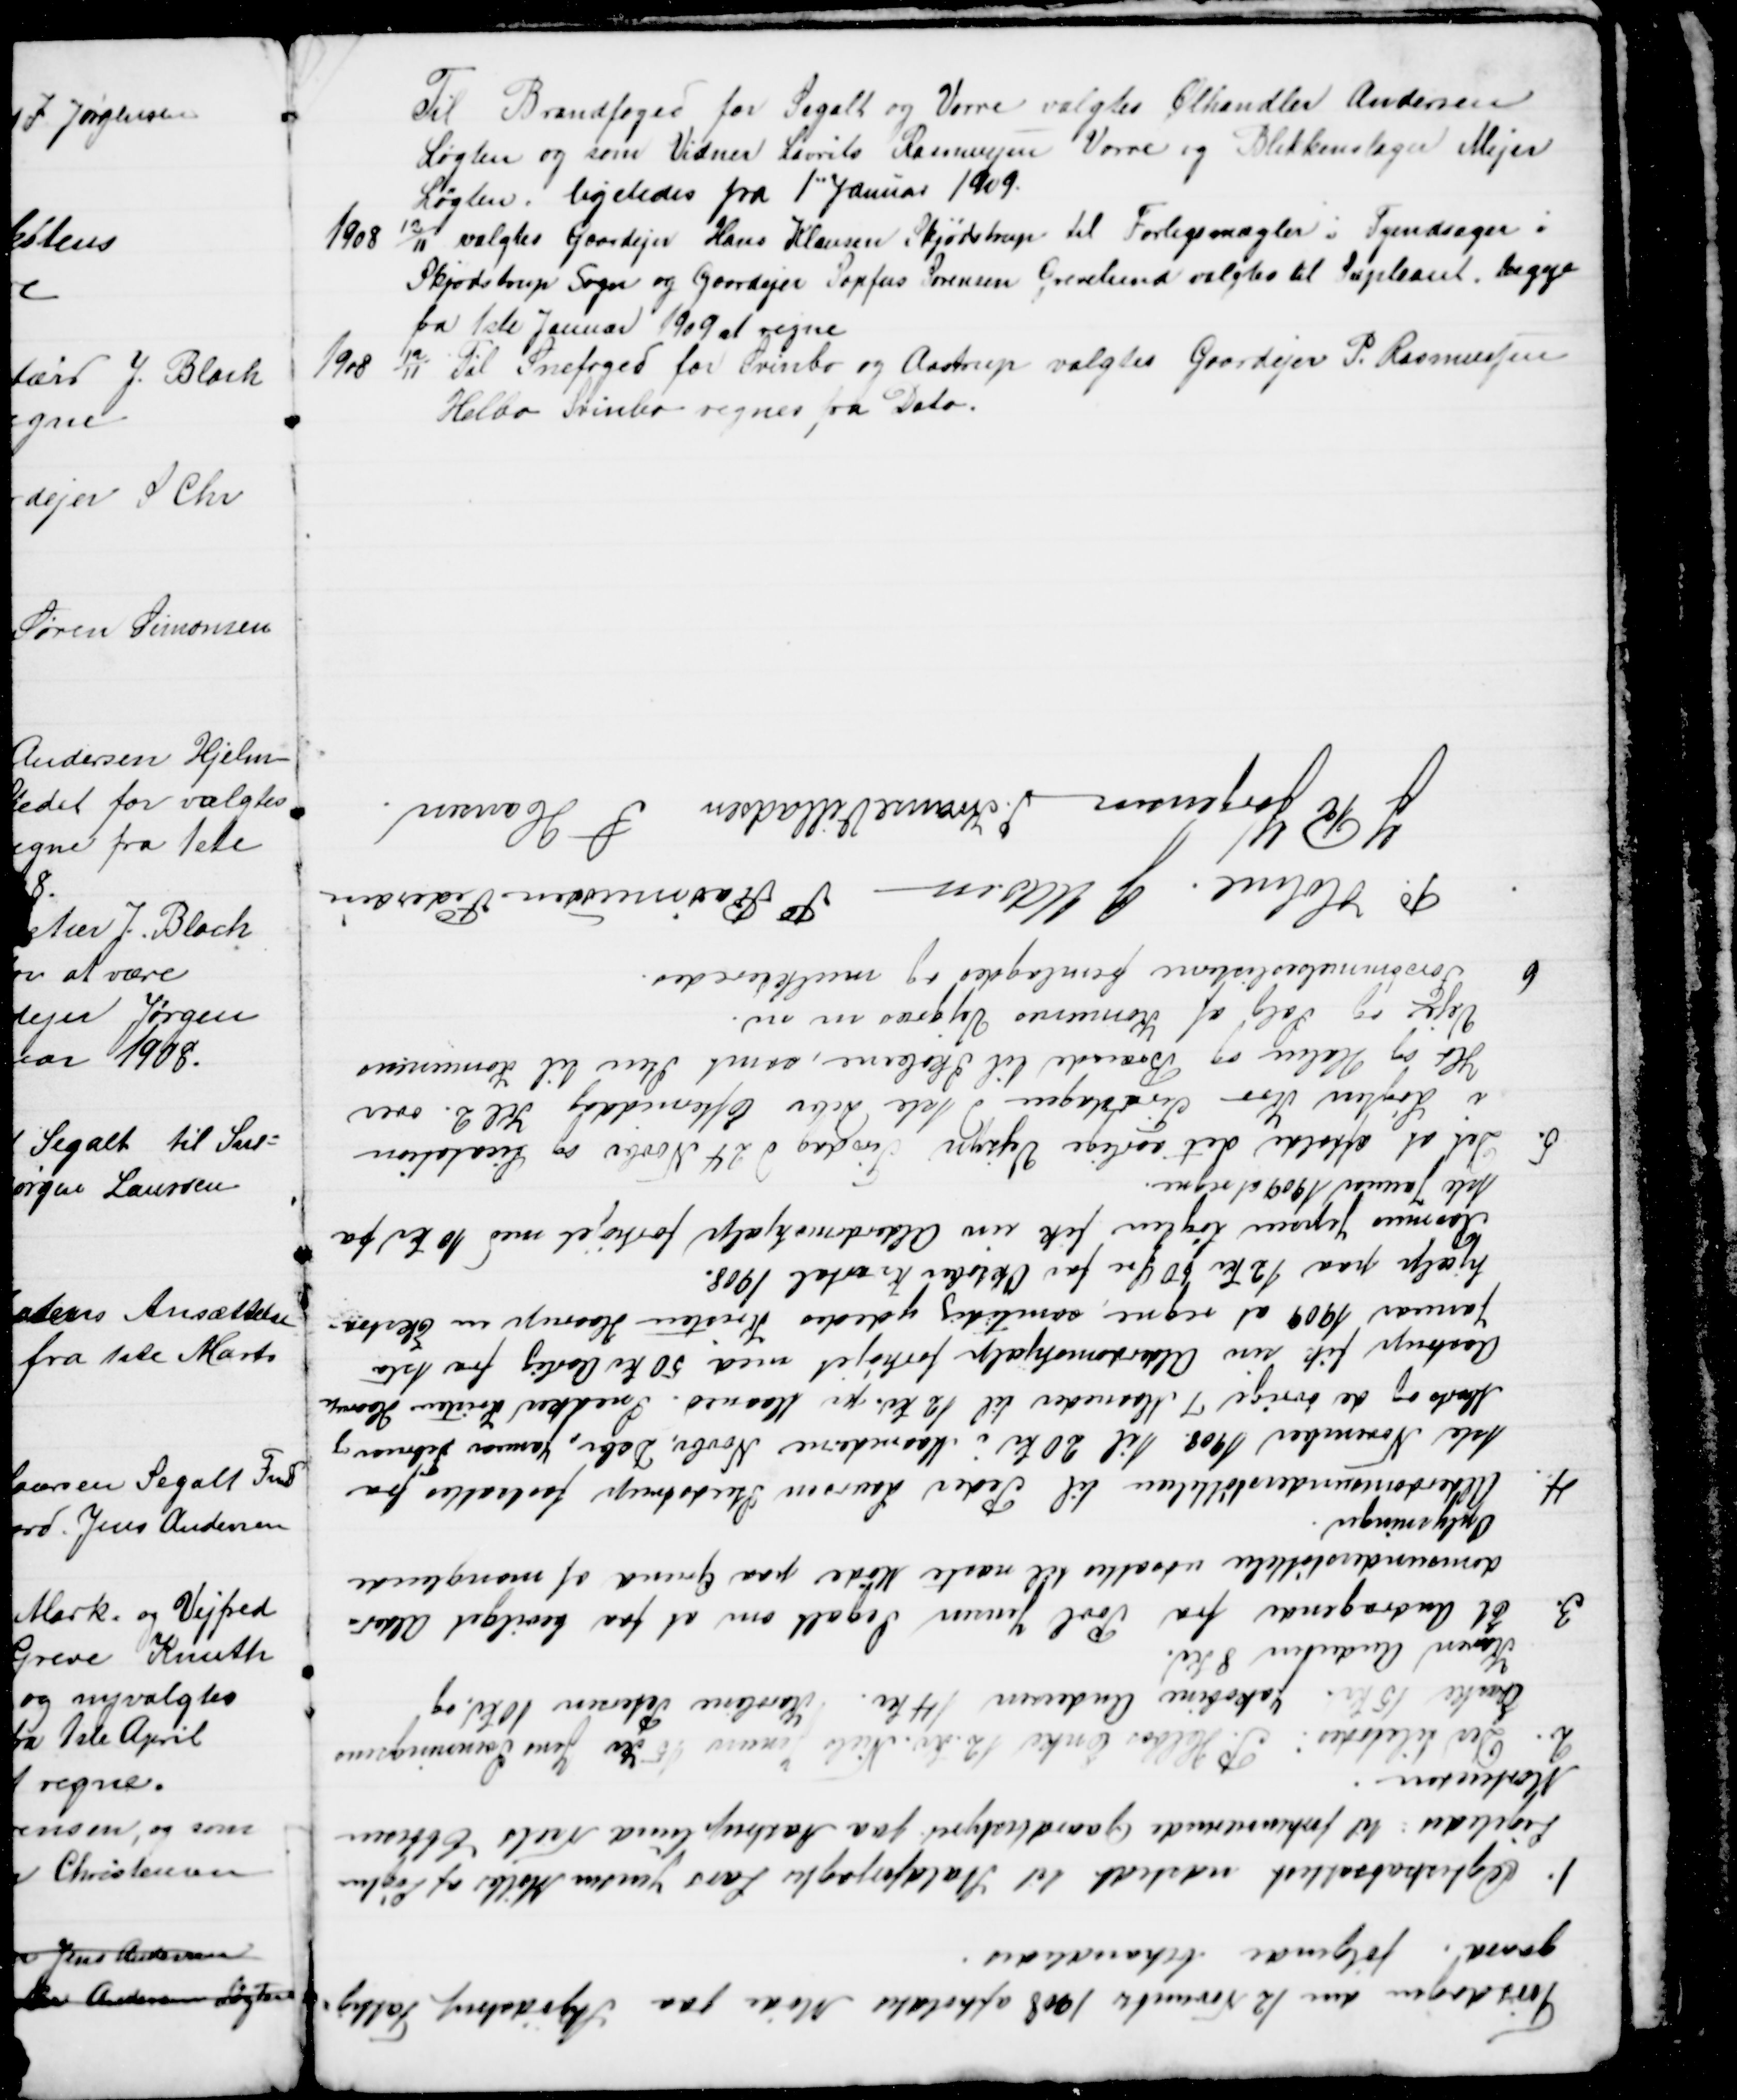
Transskription:
Til Brandfoged for Segalt og Vorre valgtes Ølhandler Andersen
Løgten og som Vidner Laurits Rasmussen Vorre og Blikkenslager Mejer
Løgten. ligeledes fra 1" Januar 1909 
1908 12/11 valgtes Gaardejer Hans Klausen Skjødstrup til Forligsmægler i Tyendsager i
Skjødstrup Sogn og Gaardejer Sophus Sørensen Grevelund valgtes til Supleant. begge 
fra 1ste Januar 1909 at regne
1908 12/11 Til Snefoged for Svinbo og Aastrup valgtes Gaardejer P. Rasmussen
Helbo Svinbo regnes fra Dato.

Tirsdagen den 12 November 1908 afholdtes Møde paa Skjødstrup Fattig=
gaard. følgende behandledes.
1. Ægteskabsattest udstedt til Staldforpagter Lars Jensen Møller af Løgten
Ligeledes til forhenværende Gaardbestyrer paa Aastruplund Niels Ebbesen
Mortensen.
2. Der tilstodes: P. Helbos Enke 12 Kr. Niels Jensen 15 Kr Jens Svenningsens
Enke 15 Kr. Jakobine Andersen 14 Kr. Karoline Petersen 10 Kr. og
Karen Andersen 8 Kr.
3. Et Andragende fra Povl Jensen Segalt om at faa bevilget Alder=
domsunderstøttelse udsattes til næste Møde paa Grund af manglende
Oplysninger
4. Alderdomsunderstøttelsen til Peder Laursen Studstrup fastsattes fra 
1ste November 1908. til 20 Kr. i Maanederne Novbr, Dsbr, Januar, Februar
Marts og de øvrige 7 Maaneder til 12 Kr. pr Maaned. Snedker Kristen Haarup
Aastrup fik sin Alderdomshjælp forhøjet med 50 Kr Aarlig fra 1ste
Januar 1909 at regne, samtidig ydedes Kristen Haarup en Ekstra=
hjælp paa 12 Kr 50 Øre for Oktober Kvartal 1908.
Rasmus Jepsen Løgten fik sin Alderdomshjælp forhøjet med 10 Kr fra
1ste Januar at regne.
5. Det at afholde det aarlige Vejsyn Tirsdag d 24 Novbr og Licitation
i Løgten Kro Tirsdagen d 1ste Debr Eftermiddag Kl 2. over
Hø og Halm og Brænde til Skolerne, samt Sten til Komunens 
Veje og Salg af Komunens Vejgræs m m.
6 Forsømmelseslisterne fremlagdes og mulkteredes
P. Holme
J Udsen
P Rasmussen Pedersen
J R Jørgensen
J. Krause Villadsen
S Hansen